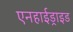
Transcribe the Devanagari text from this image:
एनहाईड्राइड